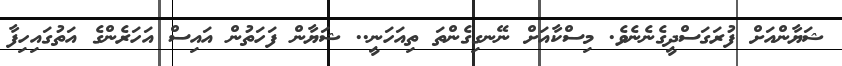
ޝަޔާންއަށް ފުރަގަސްދީގެނެނެވެ. މިސްކާއަށް ނޭނގިގެންތަ ތިއަހަނީ.. ޝަޔާން ފަހަތުން އައިސް އަހަރެންގެ އަތުގައިހިފާ